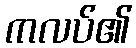
ကလပ်၏